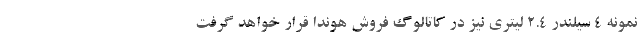
نمونه 4 سیلندر 2.4 لیتری نیز در کاتالوگ فروش هوندا قرار خواهد گرفت